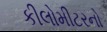
કીલોમીટરનો